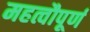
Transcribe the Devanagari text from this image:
महत्वौपूर्ण